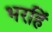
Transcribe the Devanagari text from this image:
भरहिं